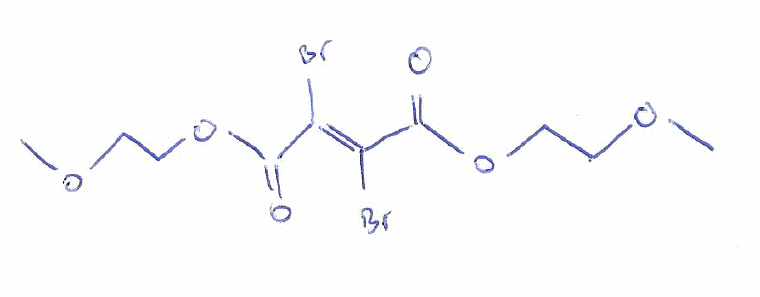
Simplified molecular-input line-entry system (SMILES) notation of the given molecule:
COCCOC(=O)/C(=C(/C(=O)OCCOC)\Br)/Br